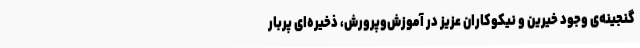
گنجینه‌ی وجود خیرین و نیکوکاران عزیز در آموزش‌وپرورش، ذخیره‌ای پربار